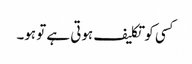
کسی کو تکلیف ہوتی ہے تو ہو۔